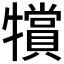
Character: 𱭲